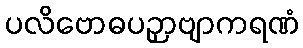
ပလိဗောဓပဉှာဗျာကရဏံ